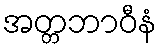
အတ္တဘာဝီနံ